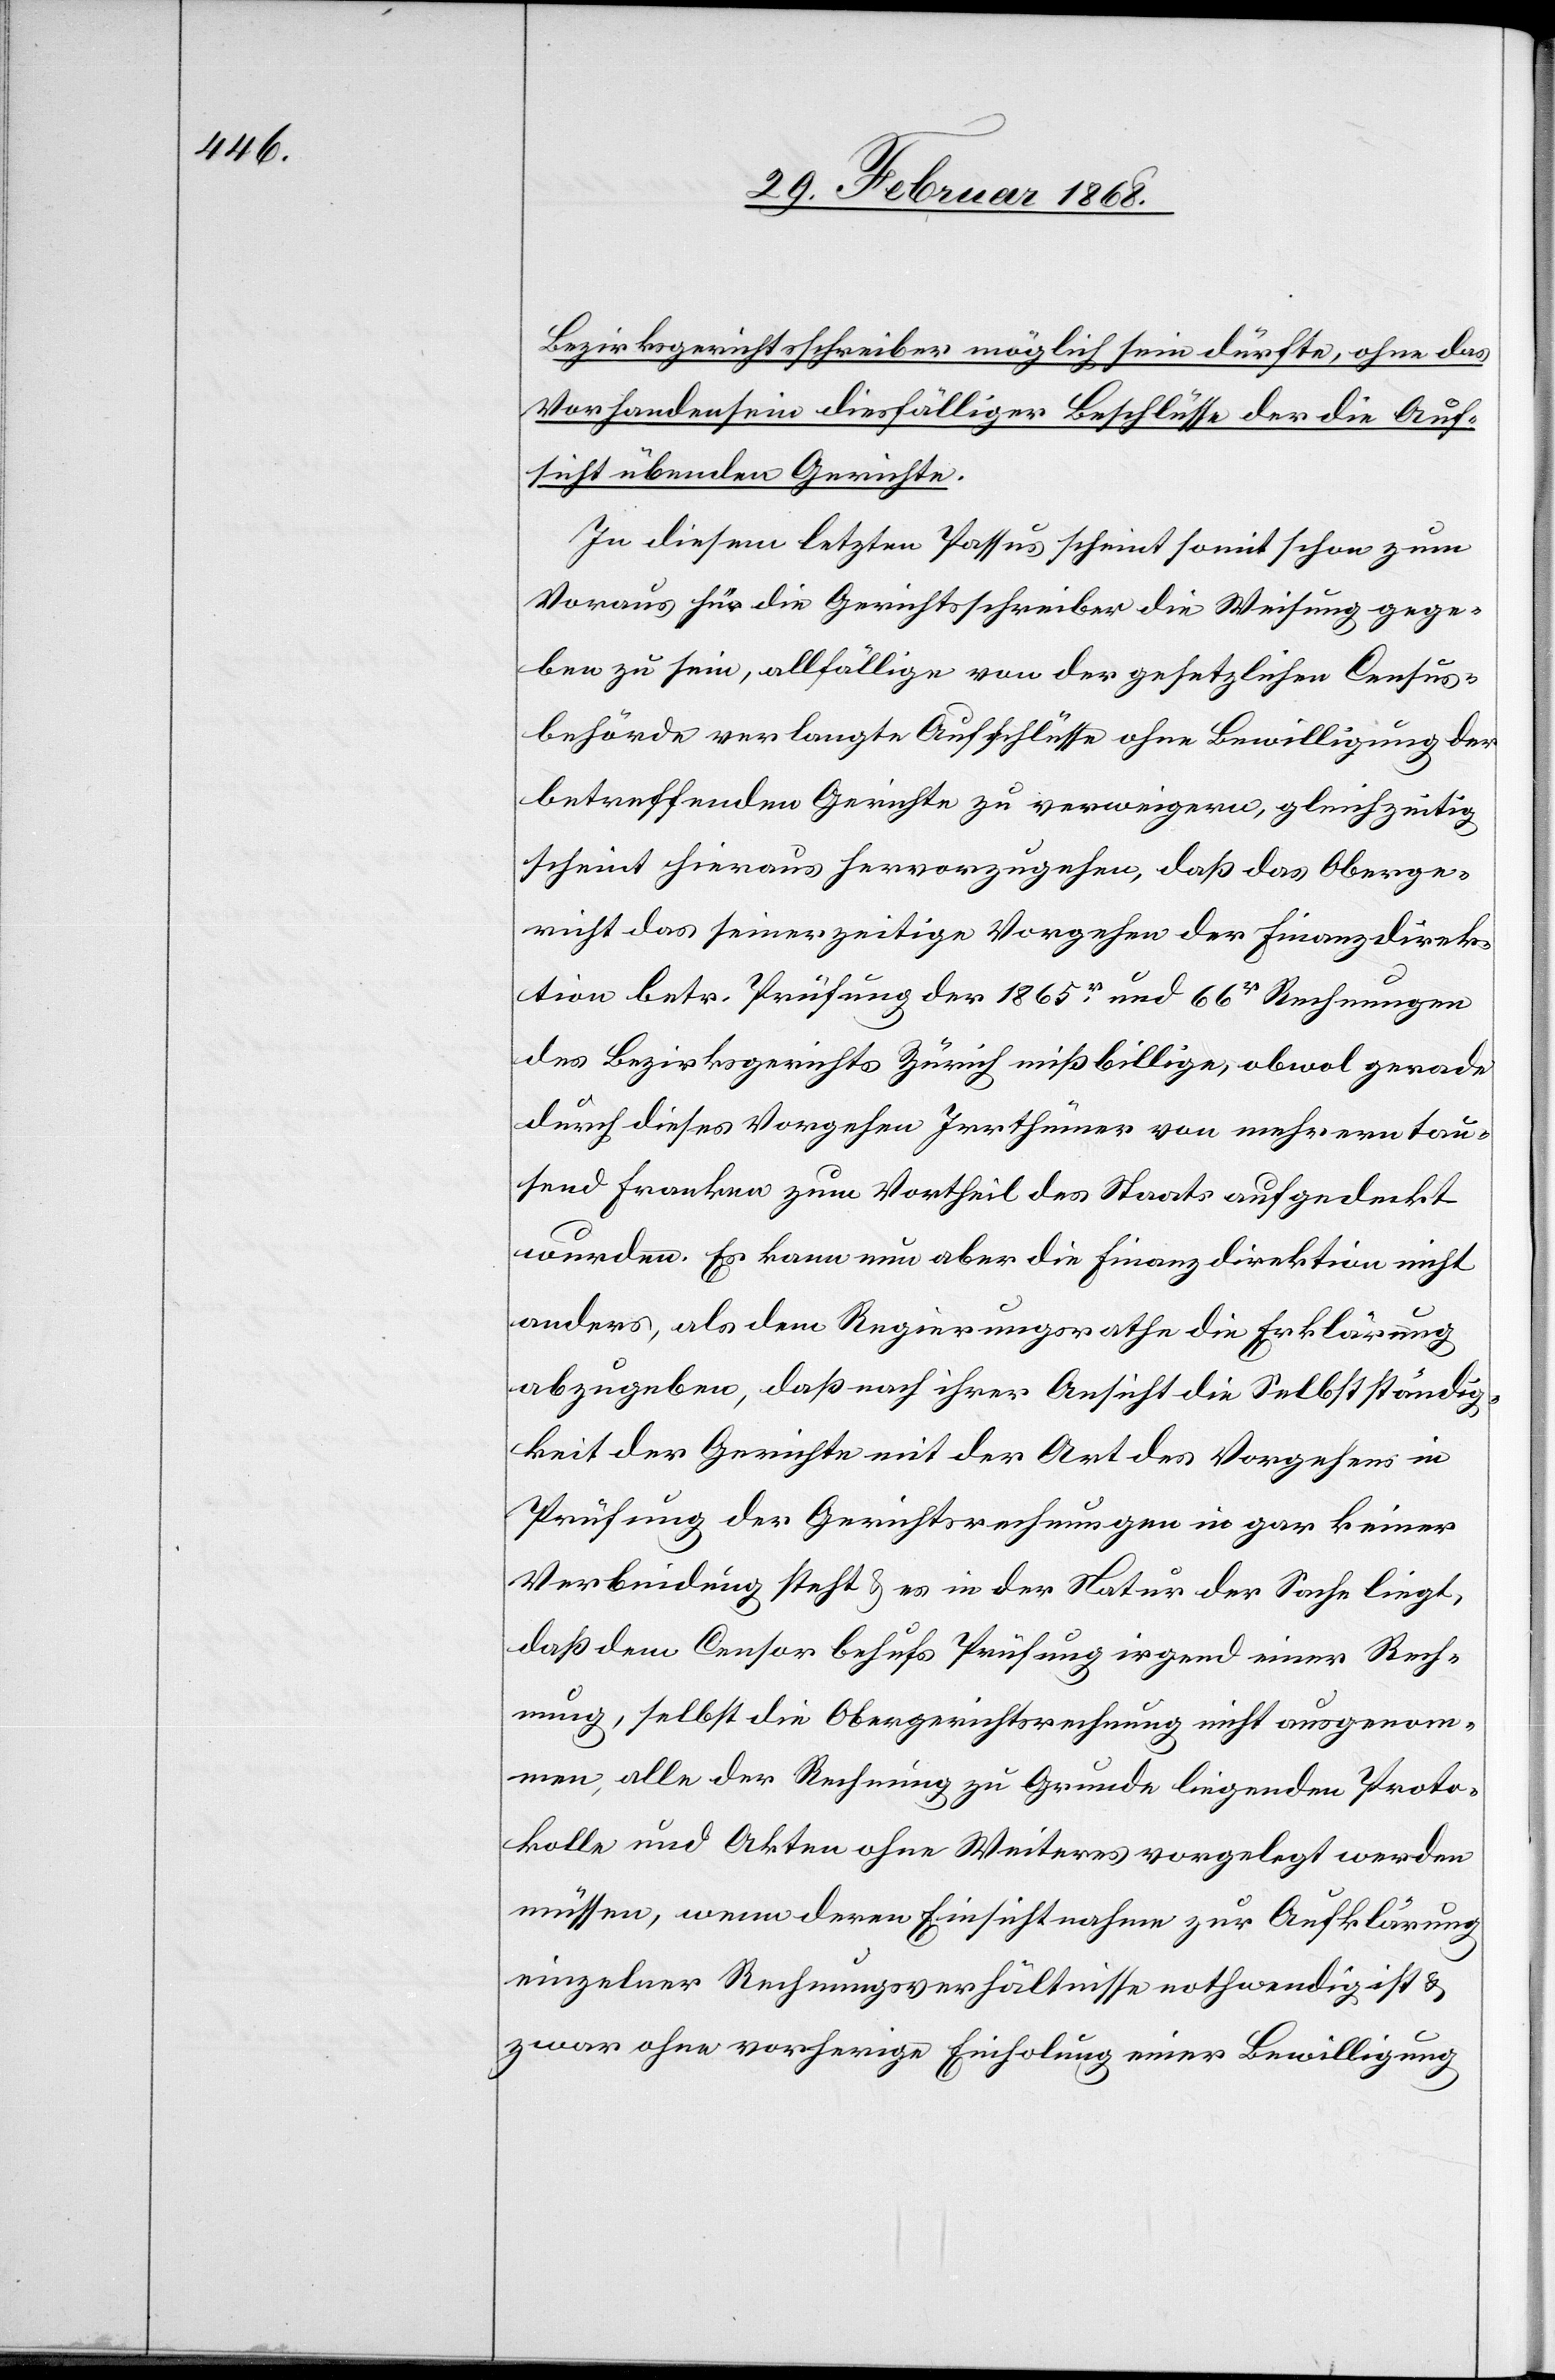
Bezirksgerichtsschreiber möglich sein dürfte, ohne das
Vorhandensein diesfälliger Beschlüsse der die Auf¬
sicht übenden Gerichte.
In diesem letzten Passus scheint somit schon zum
Voraus für die Gerichtsschreiber die Weisung gege¬
ben zu sein, allfällige von der gesetzlichen Census¬
behörde verlangte Aufschlüsse ohne Bewilligung der
betreffenden Gerichte zu verweigern, gleichzeitig
scheint hieraus hervorzugehen, daß das Oberge¬
richt das seinerzeitige Vorgehen der Finanzdirek¬
tion betr. Prüfung der 1865r. und 66r Rechnungen
des Bezirksgerichts Zürich mißbillige, obwol gerade
durch dieses Vorgehen Irrthümer von mehrern tau¬
send Franken zum Vortheil des Staats aufgedeckt
wurden. Es kann nun aber die Finanzdirektion nicht
anders, als dem Regierungsrathe die Erklärung
abzugeben, daß nach ihrer Ansicht die Selbstständig¬
keit der Gerichte mit der Art des Vorgehens in
Prüfung der Gerichtsrechnungen in gar keiner
Verbindung steht & es in der Natur der Sache liegt,
daß dem Censor behufs Prüfung irgend einer Rech¬
nung, selbst die Obergerichtsrechnung nicht ausgenom¬
men, alle der Rechnung zu Grunde liegenden Proto¬
kolle und Akten ohne Weiteres vorgelegt werden
müssen, wenn deren Einsichtnahme zur Aufklärung
einzelner Rechnungsverhältnisse nothwendig ist &
zwar ohne vorherige Einholung einer Bewilligung